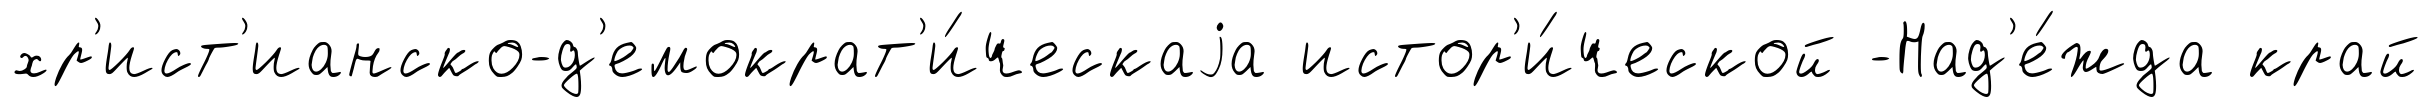
хр'ист'ианско-д'емократ'и́ческаjа истор'и́ческой -Над'е́жда край